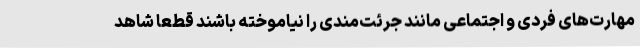
مهارت‌های فردی و اجتماعی مانند جرئت‌مندی را نیاموخته باشند قطعاً شاهد